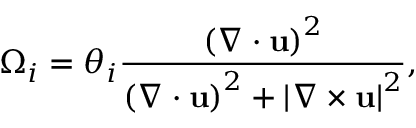
\Omega _ { i } = \theta _ { i } \frac { \left( \nabla \cdot \mathbf { u } \right) ^ { 2 } } { \left( \nabla \cdot \mathbf { u } \right) ^ { 2 } + \left| \nabla \times \mathbf { u } \right| ^ { 2 } } ,